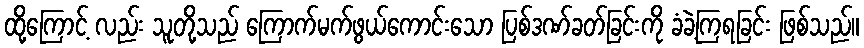
ထို့ကြောင့် လည်း သူတို့သည် ကြောက်မက်ဖွယ်ကောင်းသော ပြစ်ဒဏ်ခတ်ခြင်းကို ခံခဲ့ကြရခြင်း ဖြစ်သည်။